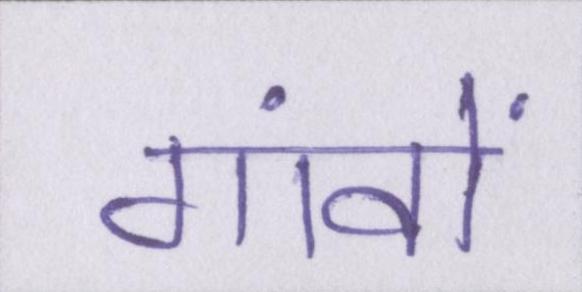
गांवों